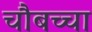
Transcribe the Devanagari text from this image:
चौबच्चा